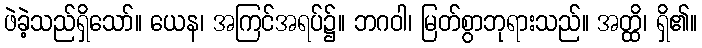
ဖဲခဲ့သည်ရှိသော်။ ယေန၊ အကြင်အရပ်၌။ ဘဂဝါ၊ မြတ်စွာဘုရားသည်။ အတ္ထိ၊ ရှိ၏။